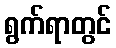
ရွက်ရာတွင်